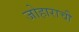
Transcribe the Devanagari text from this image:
जोहाराची